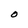
Character: O